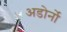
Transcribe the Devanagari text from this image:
अडोर्नो